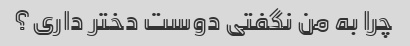
چرا به من نگفتی دوست دختر داری؟